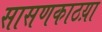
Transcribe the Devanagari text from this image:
सासणकाठय़ा